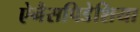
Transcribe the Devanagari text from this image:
ऐनैसपिडेशिया